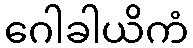
ဂေါခါယိကံ